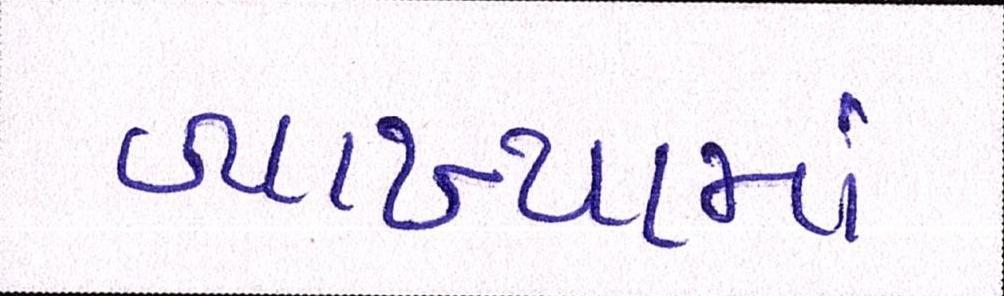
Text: વ્યાખ્યામાં